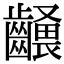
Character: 𪙢